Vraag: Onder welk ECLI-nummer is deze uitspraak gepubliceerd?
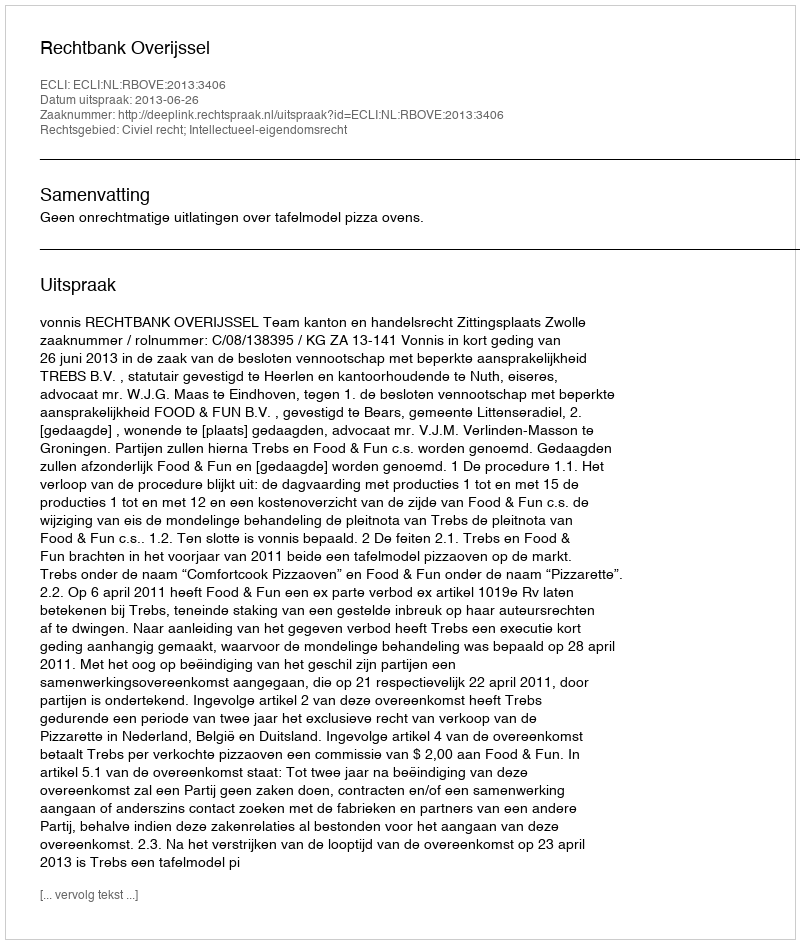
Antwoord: ECLI:NL:RBOVE:2013:3406